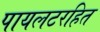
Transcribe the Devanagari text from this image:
पायलटरहित